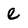
Character: e